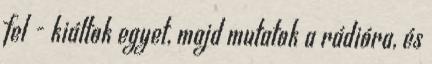
fel - kiáltok egyet, majd mutatok a rádióra, és